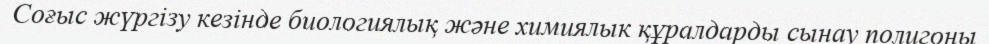
Соғыс жүргізу кезінде биологиялық және химиялык құралдарды сынау полигоны